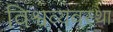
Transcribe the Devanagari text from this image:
विश्वव्यवस्था